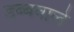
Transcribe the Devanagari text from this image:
डब्बवाले